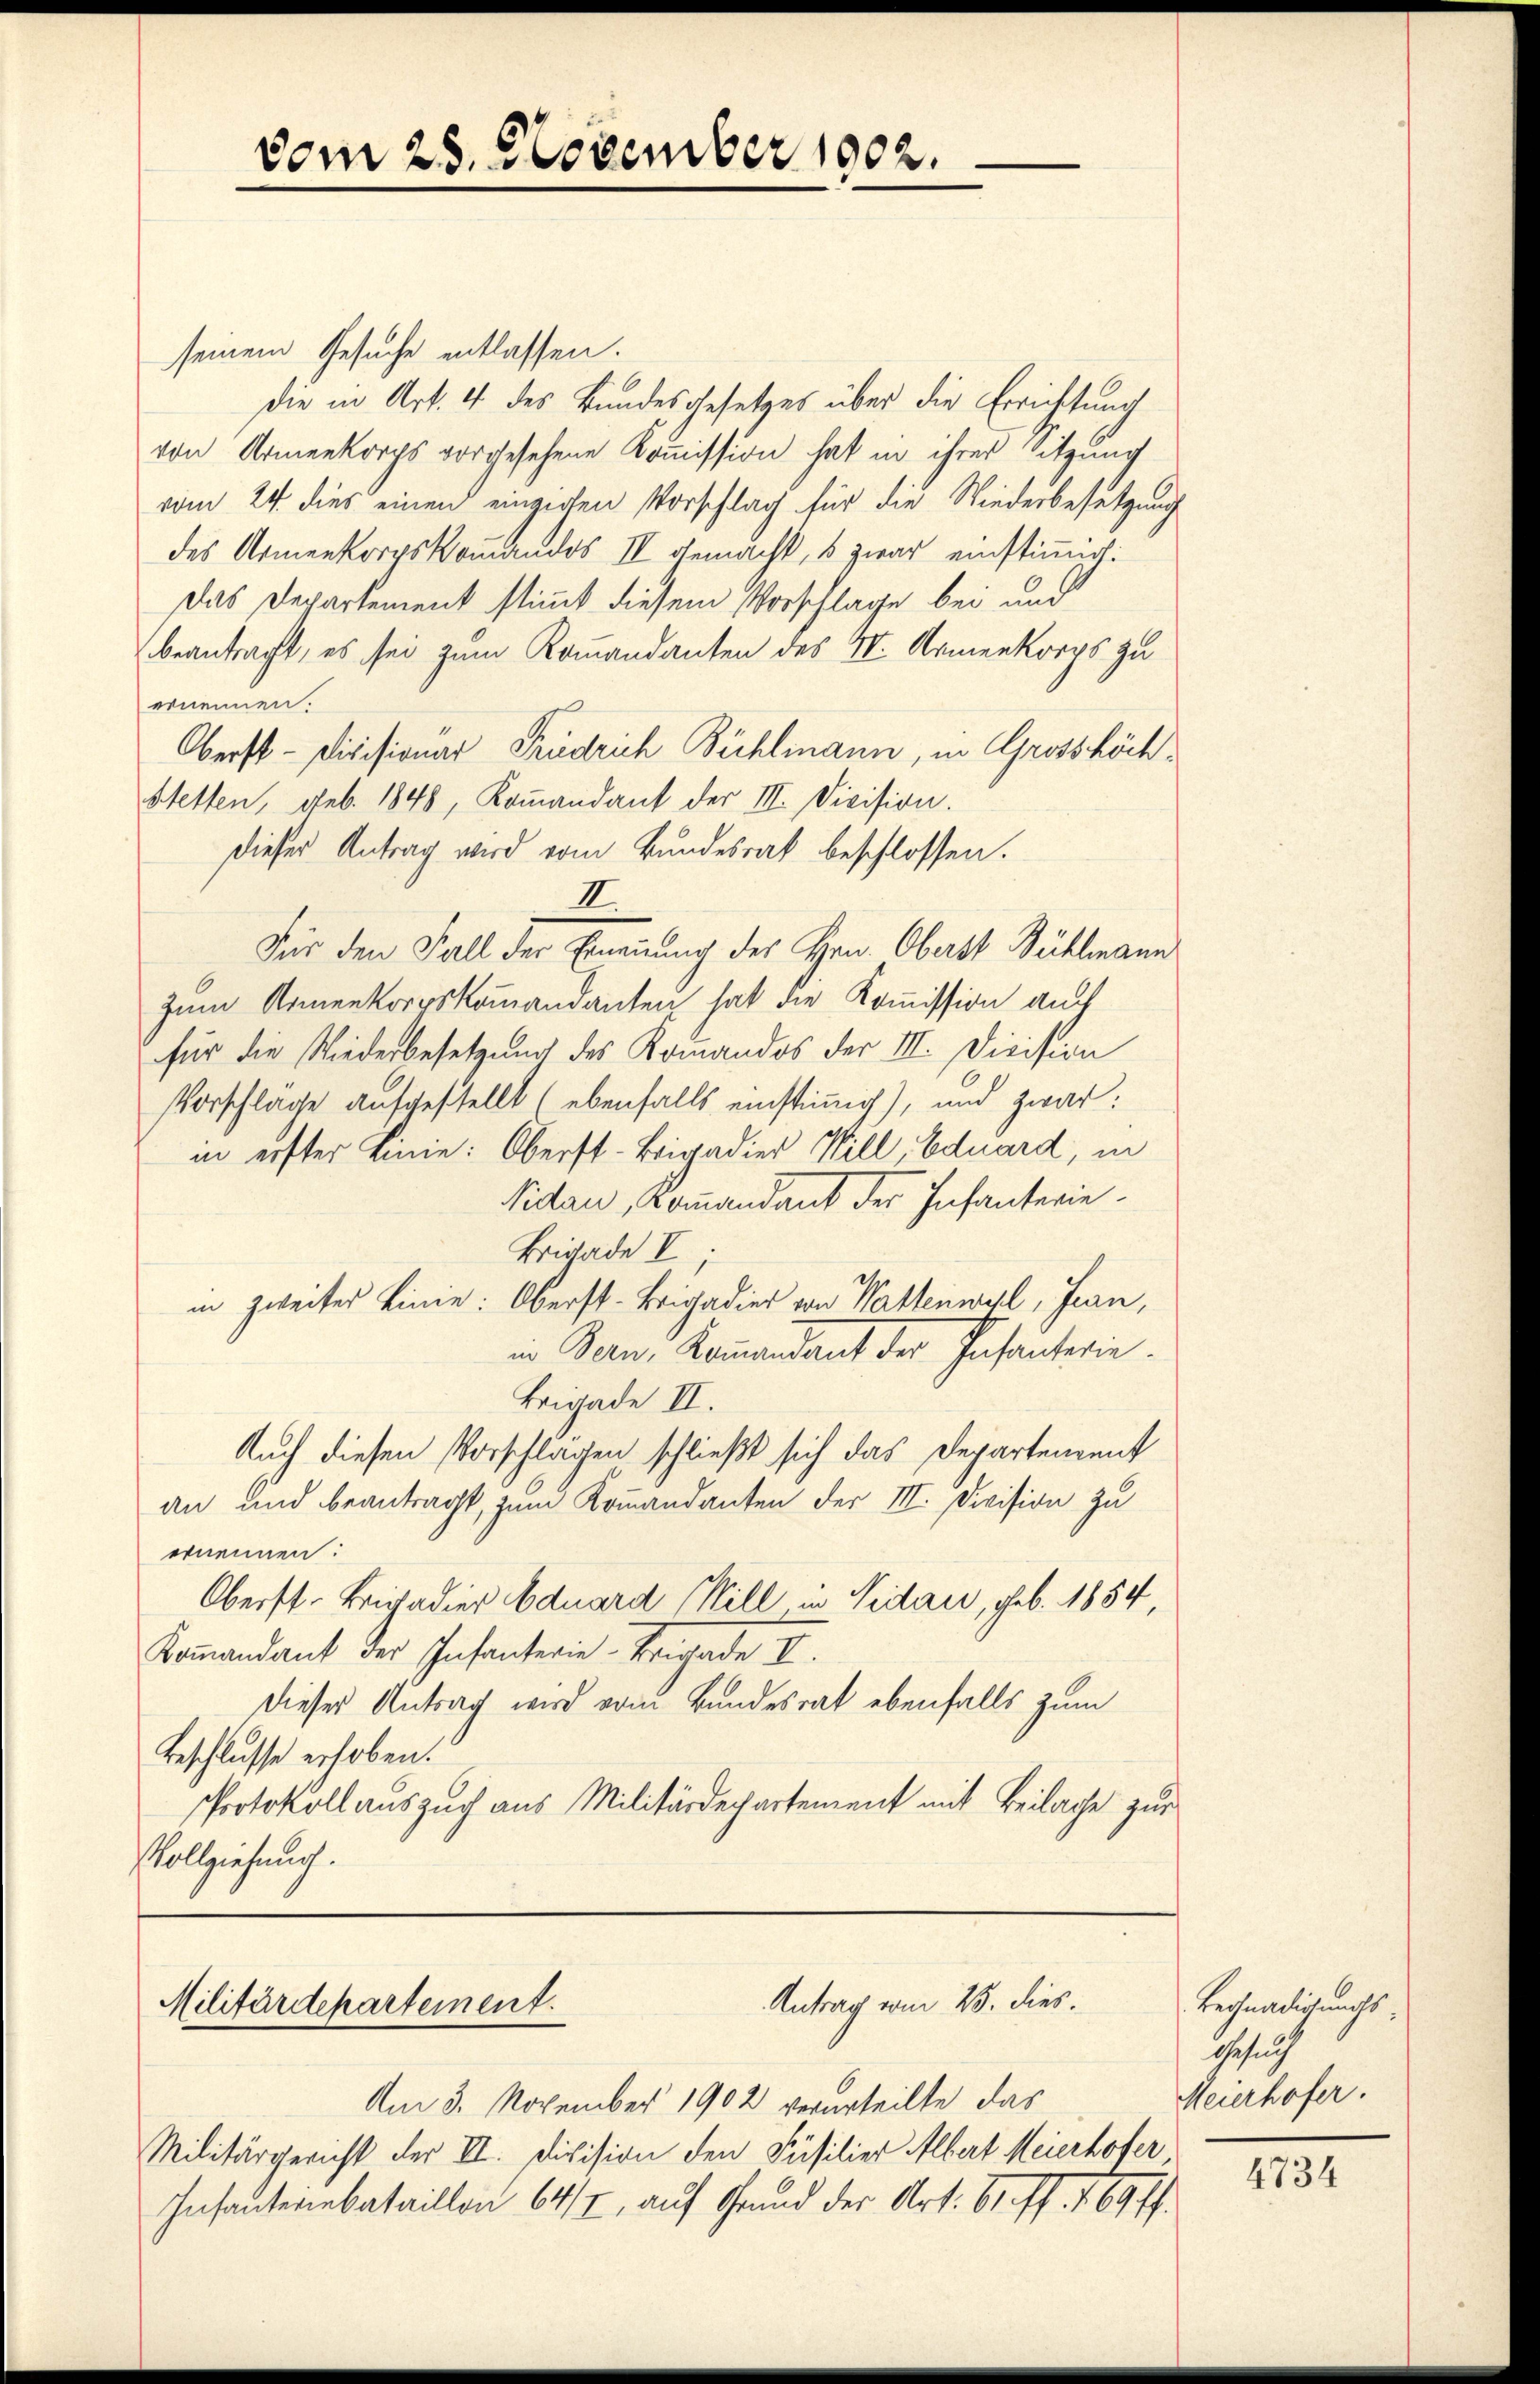
vom 25. November 1902.

seinem Gesuche entlassen.
die in Art. 4 des Bundesgesetzes über die Errichtung
von Armenkorps vorgesehene Kommission hat in ihrer Sitzung
vom 24. dies einen einzigen Vorschlag für die Niederbesetzung
des Armenkorpskommandos II gemacht, & zwar einstimmig.
Das Departement stimmt diesem Vorschlage bei und
beantracht, es sei zum Kommandanten des I. Armenkorps zu
ernennen.
Oberst-Divisionar Friedrich Bühlmann, in Grosshöch¬
Stetten, geb. 1848, Koṁandant der III. Division.
dieser Antrag wird vom Bundesrat beschlossen.
II.
Feir den Fall der Ernennung des Hrn. Oberst Bühlmann
zum Armenkorpskommandanten hat die Kommission auch
für die Wiederbesetzung des Kommandos der III. Division
Vorschlage aufgestellt (ebenfalls einstimig), und zwar:
in erster Linie: Oberst-Brigadier Will, Eduard, in
Nidau, Kommandant der Infanterie¬
Brigade I;
in zweiter Linie: Oberst-Brigadier von Wattenwyl, Jean,
in Bern, Kommandant der Infanterie.
Brigade II.
Auch diesen Vorschlagen schließt sich das Departement
an und beantragt, zum Kommandanten der III. Division zu
ernennen:
Oberst Brigadier Eduard Will in Nidau, geb. 1854
Kommandant der Infanterie-Brigade II.
Dieses Antrag wird vom Bundesrat ebenfalls zum
Beschlusse erhoben.
Protokoll auszug aus Militärdepartement mit Beilage zur
Vollziehung.

Antrag vom 25. dies.
Militärdepartement.

Am 3. November 1902 verurteilte das
Militärgericht der II. Division den Füsilier Albert Meierhofer
Insauterbataillon 647, auf Grund der Art. 61 ff. 169 ff.

Begnadigungs-
Gesuch
Meierhofer.
4734